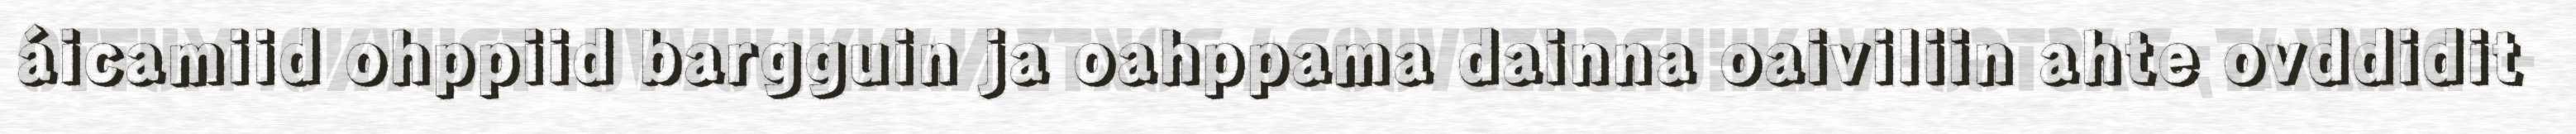
áicamiid ohppiid bargguin ja oahppama dainna oaiviliin ahte ovddidit